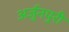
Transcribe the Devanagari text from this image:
अर्जुनपुरी